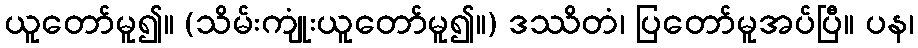
ယူတော်မူ၍။ (သိမ်းကျုံးယူတော်မူ၍။) ဒဿိတံ၊ ပြတော်မူအပ်ပြီ။ ပန၊